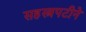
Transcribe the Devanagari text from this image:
सहस्त्रपटीने